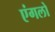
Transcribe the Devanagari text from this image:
एंगलो